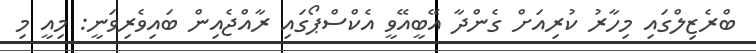
ބްރެޒިލްގައި މިހާރު ކުރިއަށް ގެންދާ އޭބީއޭވީ އެކްސްޕޯގައި ރާއްޖެއިން ބައިވެރިވަނީ: މިއީ މި